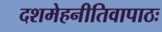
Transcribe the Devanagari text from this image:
दशमेहनीतिवापाठः